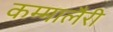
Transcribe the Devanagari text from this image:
कम्मालैरी